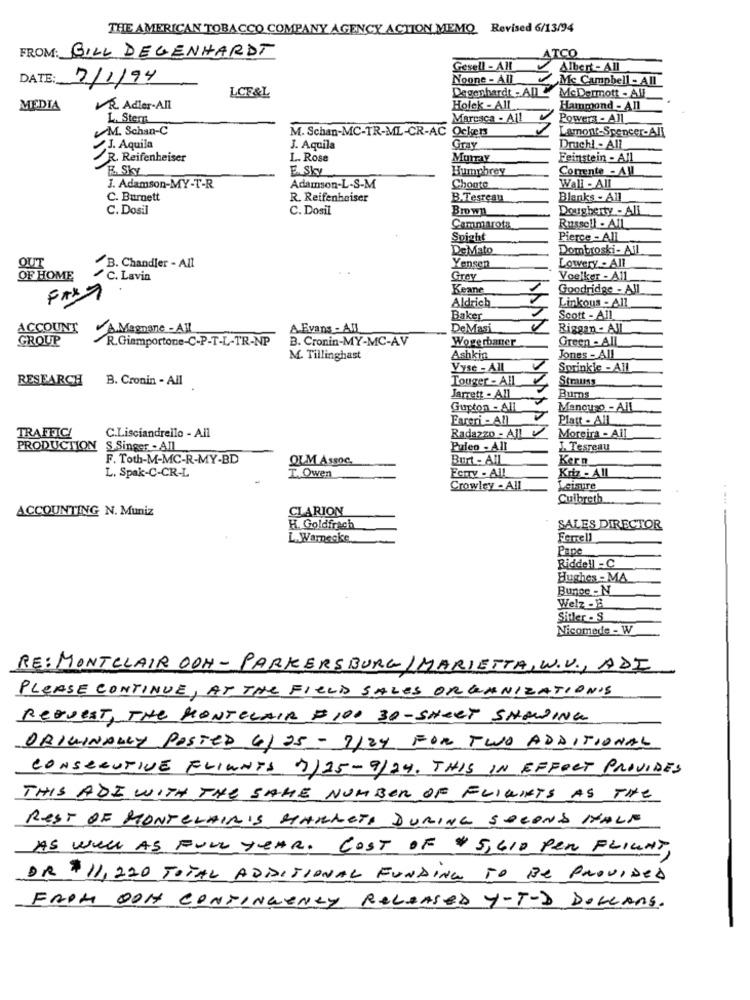
THE AMERICAN TOBACCO COMPANY AGENCY ACTION MEMO Revised 6/13/94
FROM: BILL DEGENHARDT
ATCO
Gesell - All
Albert - All
DATE:
7/1/94
Noone - All
Mc Campbell - All
LCF&L
Degenhardt - ADI
McDermott - All
MEDIA
VR Adler.All
Holek - All
Hammond - All
L. Stern
Marcaca - All
Powers - All
M. Schan-C
M. Schan-MC-TR-ML-CR-AC Ockers
Lamont-Spencer-All
J. Aquila
J. Aquila
Gray
Druchl - All
R. Reifenheiser
L. Rose
Murray
Feinstein - All
E. Sky
E. Sky
Humphrey
Comente - AU
Wall - All
J. Adamson-MY-T-R
Adamson-L-S-M
Choate
C. Burnett
R. Reifenheiser
B.Tesreau
Blanks - All
C. Dosil
C. Dosil
Brown
Dougherty - All
Russell - All
Cammarota
Spigh
Pierce - All
DeMato
Dombroski- All
OUT
B. Chandler - All
Yensen
Lowery - All
OF HOME
C. Lavin
Grey
Voelker - All
Keane
Goodridge - All
FAX7
Aldrich
Linkous - All
Baker
Scott - All
ACCOUNT
A Magnane - All
A.Evans - All
DeMasi
Riggan - All
GROUP
R.Giamportone-C-P-T-L-TR-NP
B. Cronin-MY-MC-AV
Wogerbaner
Green - All_
M. Tillinghast
Ashkin
Jones - All
Vyse - All
Sprinkle - All
RESEARCH
B. Cronin - All
Touger - All
Strauss
Jarrett - All
Bums
Gupton - All
Mancuso - All
Fareri - All
Platt - All
C.Lisciandrello - All
Radazzo - All
TRAFFICI
Moreira - All
PRODUCTION
S.Singer - All
Paleo - All
J. Tesreau
F. Toth-M-MC-R-MY-BD
OLM ASSOC.
Burt - All
Kern
T.Owen
Kriz - All
L. Spak-C-CR-L
FcmTy - All
Crowley - All
Leisure
Culbreth
ACCOUNTING N. Muniz
CLARION
H. Goldfrach
SALES DIRECTOR
L.Warnecke
Pane
Riddell -C
Hughes - MA
Bunge - N
Welz -B
Sitter - S
Nicomede - W
RE: MONTCLAIR OOH- PARKERSBURG/MARIETTA, W.V ., ADI
PLEASE CONTINUE, AT THE FIELD SALES ORGANIZATION'S
REQUEST, THE MONTCLAIR $100 30-SHEET SHOWING
ORIGINALLY POSTED 4/05 - 7/24 FOR TWO ADDITIONAL
CONSECUTIVE FLINNTS 7)25-9/24. THIS IN EFFECT PROVIDES
THIS ADE WITH THE SAME NUMBER OF FLIGHTS AS THE
REST OF MONTCLAIR'S MARKETA DURING SECOND HALF
AS WELL AS FULL YEAR. COST OF $ 5,410 Per FLIGHT,
DR $11,220 TOTAL ADDITIONAL FUNDING TO BE PROVIDED
FROM DON CONTINGENCY RELEASED Y-T-D DOLLARS.